Vaccine operations Central Provinces 1886-1899 - 1886-1899
Year: 1886
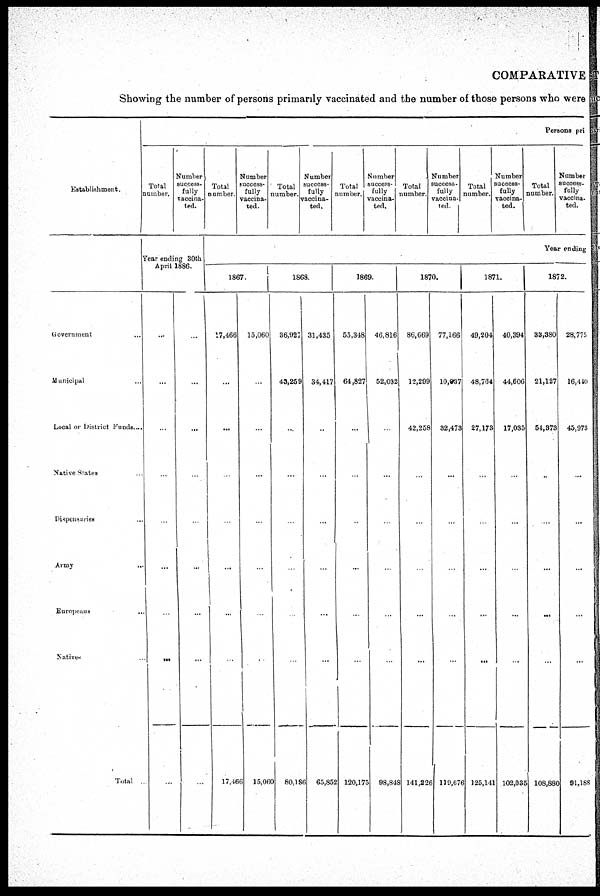
COMPARATIVE
Showing the number of persons primarily vaccinated and the number of those persons who were
Establishment.
Government ...
Municipal
Local or District Funds....
Native States
Dispensaries ...
Army ...
Europeans ...
Natives ...
Total ..
Persons pri
Total
number.
Number
success¬
fully
vaccina-
ted.
Year ending 30th
April 1886.
...
...
...
...
...
...
...
...
...
...
...
...
...
...
...
...
...
...
Total
number.
Number
success-
fully
vaccina-
ted.
Total
number.
Number
success-
fully
vaccina-
ted.
Total
number.
Number
success-
fully
vaccina-
ted.
Total
number.
Number
success-
fully
vaccina-
ted.
Total
number.
Number
success-
fully
vaccina-
ted.
Total
number.
Number
success-
fully
vaccina-
ted.
Year ending
1867.
17,466
...
...
...
...
...
...
...
17,466
15,060
...
...
...
...
...
...
...
15,060
1868.
36,927
43,259
...
...
...
...
...
...
80,186
31,435
34,417
..
...
...
...
...
...
65,852
1869.
55,348
64,827
...
...
...
...
...
...
120,175
46,816
52,032
...
...
...
...
...
...
98,848
1870.
86,669
12,299
42,258
...
...
...
...
...
141,226
77,166
10,037
32,473
...
...
...
...
...
119,676
1871.
49,204
48,764
27,173
...
...
...
...
...
125,141
40,394
44,606
17,035
...
...
...
...
...
102,035
1872.
33,380
21,127
54,373
...
...
...
...
...
108,880
28,775
16,440
45,973
...
...
...
...
...
91,188